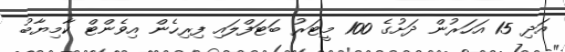
އަދި 15 އަހަރުން ދަށުގެ 100 މީޓަރު ބަޓަފްލައި ފިރިހެން އިވެންޓް ކާމިޔާބު